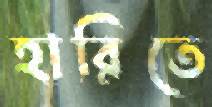
হারিতে